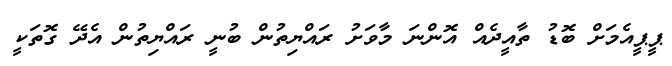
ޕީޕީއެމަށް ބޮޑު ތާއީދެއް އޮންނަ މާވަށު ރައްޔިތުން ބުނީ ރައްޔިތުން އެދޭ ގޮތަކީ